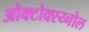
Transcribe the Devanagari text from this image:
ओक्टोक्स्य्नोल